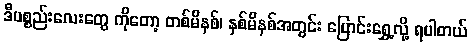
ဒီပစ္စည်းလေးတွေ ကိုတော့ တစ်မိနစ်၊ နှစ်မိနစ်အတွင်း ပြောင်းရွှေ့လို့ ရပါတယ်